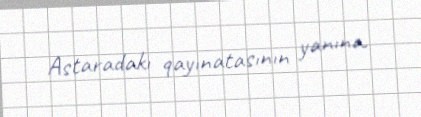
Astaradakı qayınatasının yanına.